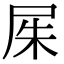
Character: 𡱖